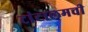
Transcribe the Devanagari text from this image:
टांटालमची